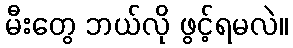
မီးတွေ ဘယ်လို ဖွင့်ရမလဲ။